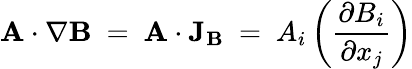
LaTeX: \mathbf{A}\cdot\nabla\mathbf{B}\ =\ \mathbf{A}\cdot\mathbf{J}_{\mathbf{B}}\ =\ A_{i}\left({\frac{\partial B_{i}}{\partial x_{j}}}\right)